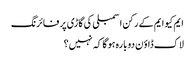
ایم کیو ایم کے رکن اسمبلی کی گاڑی پر فائرنگ
لاک ڈاؤن دوبارہ ہوگا کہ نہیں؟